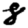
Digit: 8